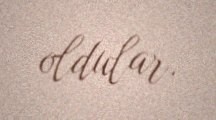
oldular.